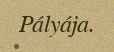
Pályája.